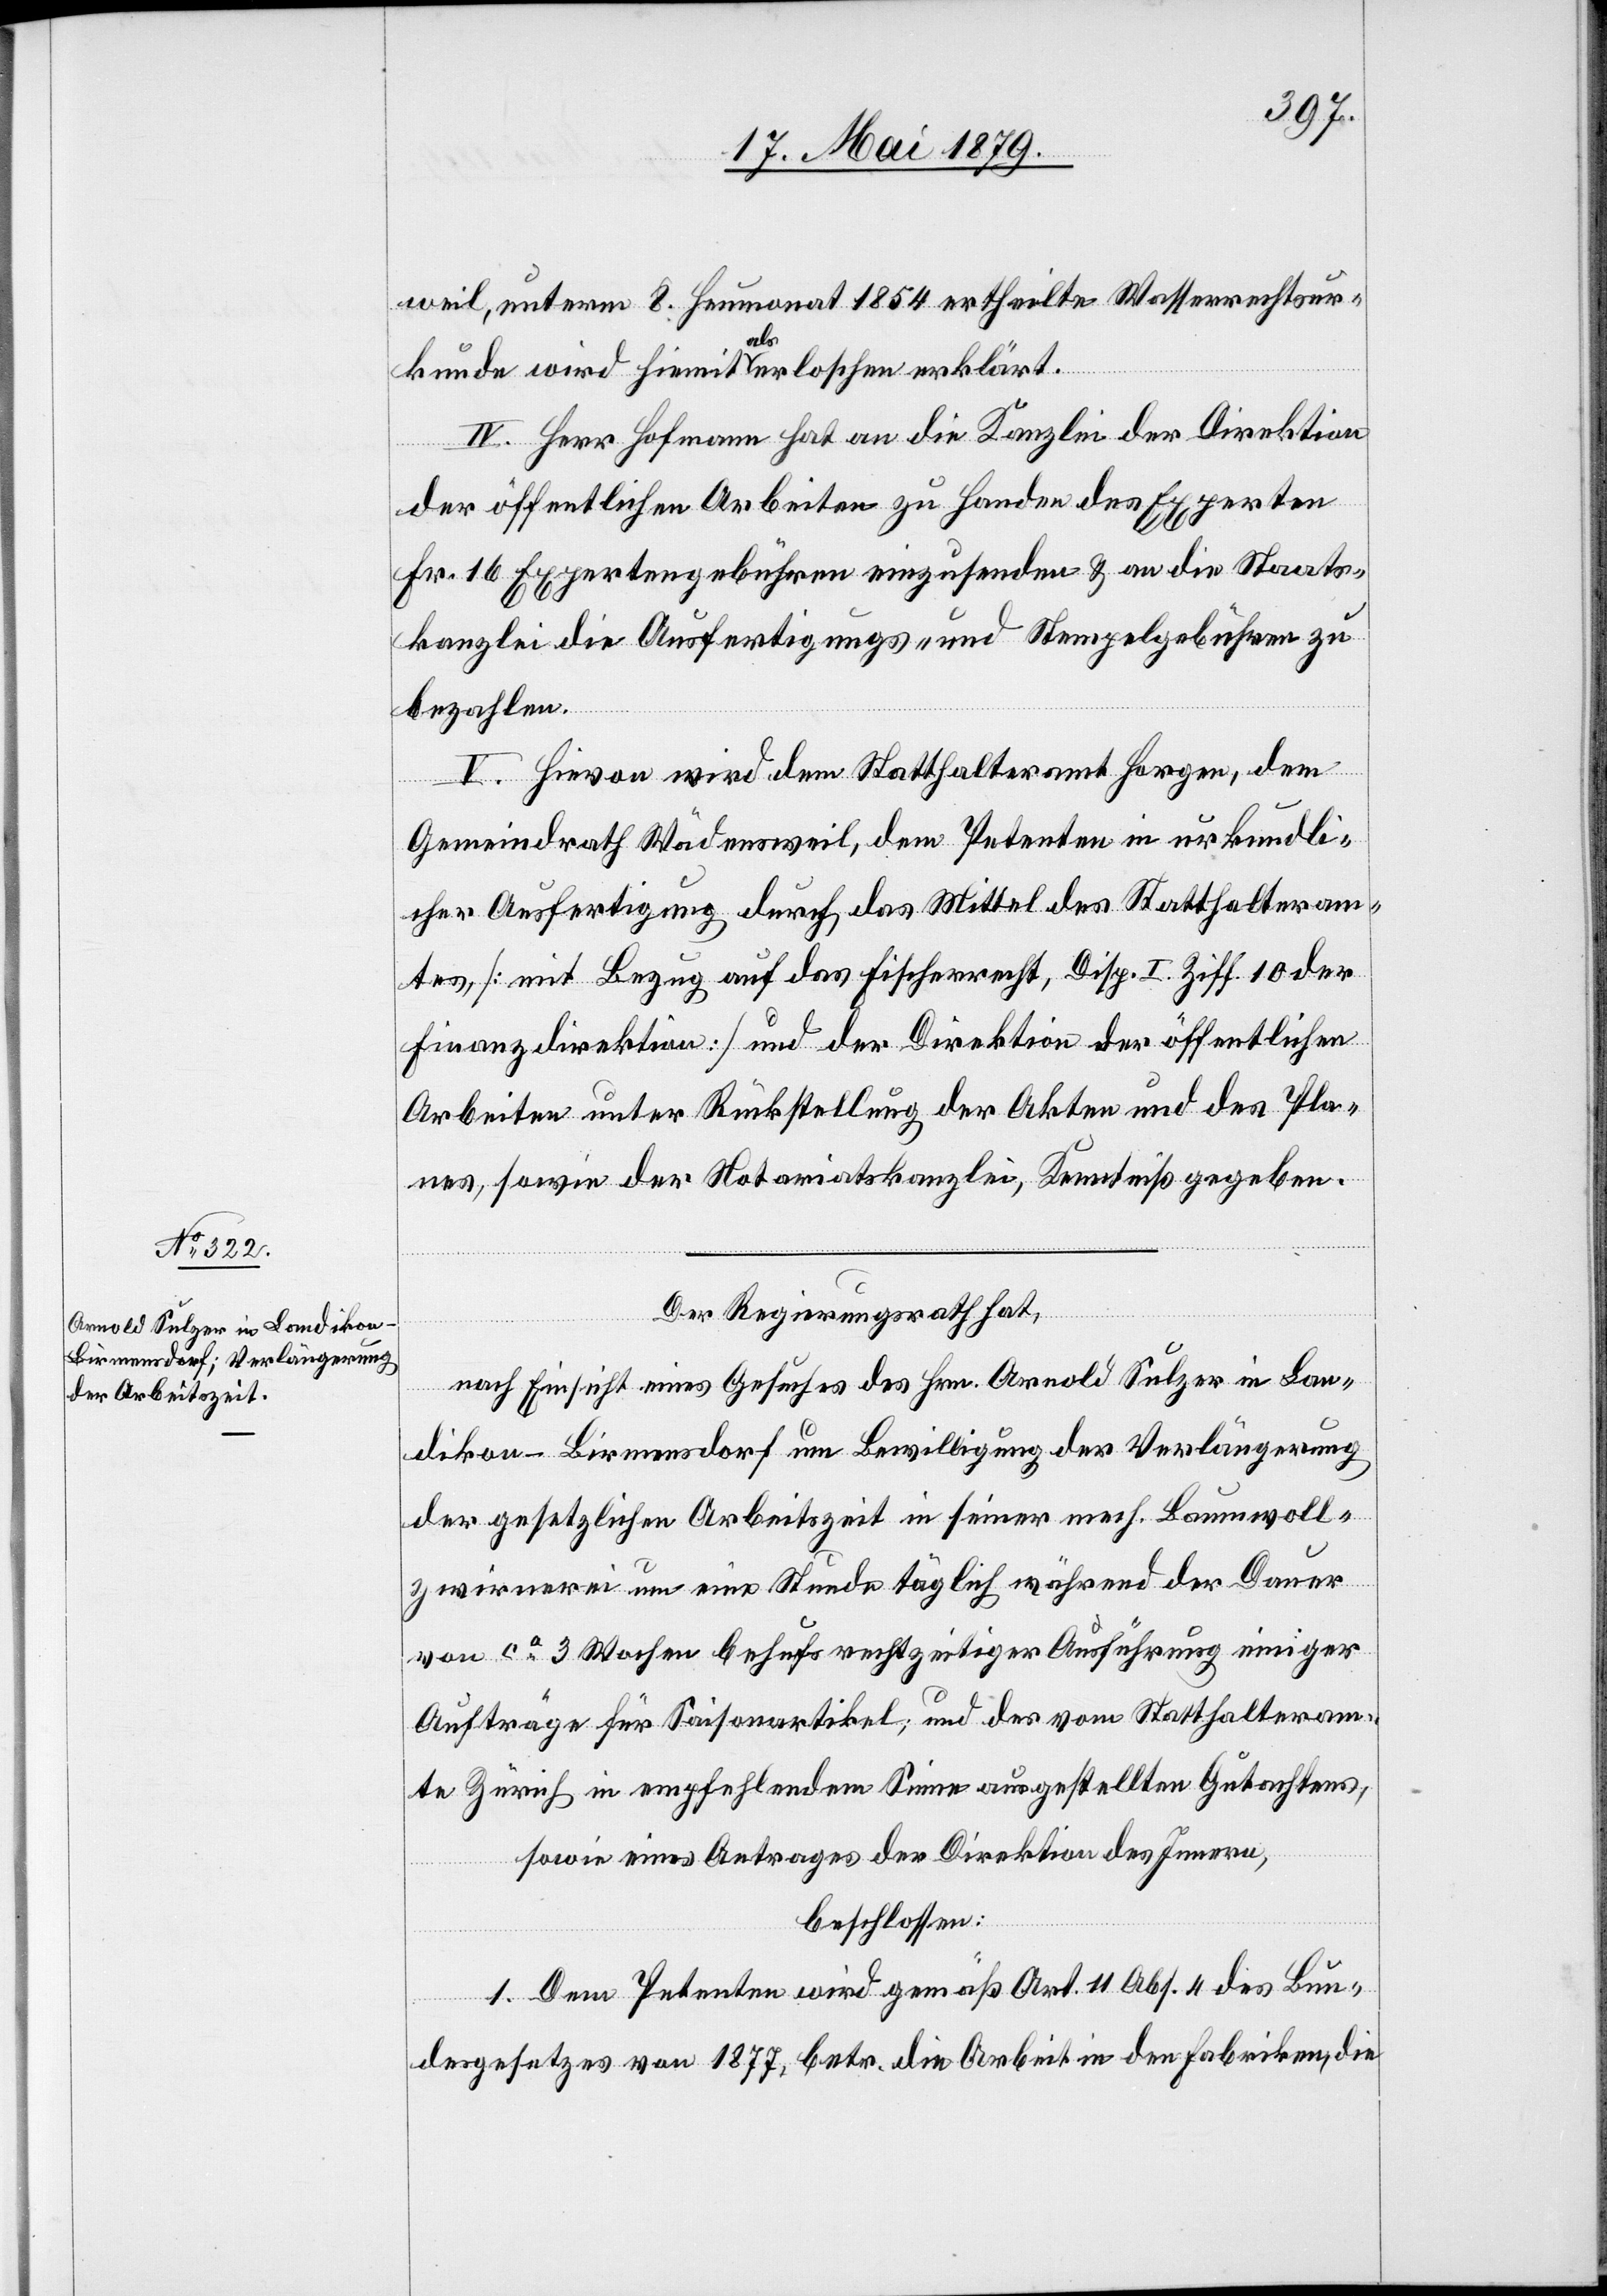
weil, unterm 8. Heumonat 1854 ertheilte Wasserrechtsur¬
kunde wird hiemit als erloschen erklärt.
IV. Herr Hofmann hat an die Kanzlei der Direktion
der öffentlichen Arbeiten zu Handen des Experten
Fr. 16 Expertengebühren einzusenden & an die Staats¬
kanzlei die Ausfertigungs- und Stempelgebühren zu
bezahlen.
V. Hievon wird dem Statthalteramt Horgen, dem
Gemeindrath Wädensweil, dem Petenten in urkundli¬
cher Ausfertigung durch das Mittel des Statthalteram¬
tes, [mit Bezug auf das Fischerrecht, Disp. I. Ziff. 10 der
Finanzdirektion] und der Direktion der öffentlichen
Arbeiten unter Rückstellung der Akten und des Pla¬
nes, sowie der Notariatskanzlei, Kenntniß gegeben.
Der Regierungsrath hat,
nach Einsicht eines Gesuches des Hrn. Arnold Sulzer in Lan¬
dikon - Birmensdorf um Bewilligung der Verlängerung
der gesetzlichen Arbeitszeit in seiner mech. Baumwoll¬
zwirnerei um eine Stunde täglich während der Dauer
von ca 3 Wochen behufs rechtzeitiger Ausführung einiger
Aufträge für Saisonartikel; und des vom Statthalteram¬
te Zürich in empfehlendem Sinne ausgestellten Gutachtens,
sowie eines Antrages der Direktion des Innern,
beschlossen:
1. Dem Petenten wird gemäß Art. 11 Abs. 4 des Bun¬
desgesetzes von 1877, betr. die Arbeit in den Fabriken, die